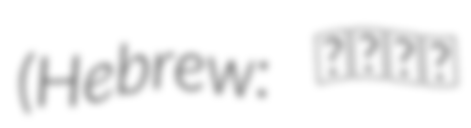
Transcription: (Hebrew: אסתר